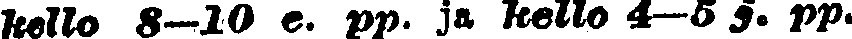
kello 8—10 e. pp. ja kello 4—5 j. pp.